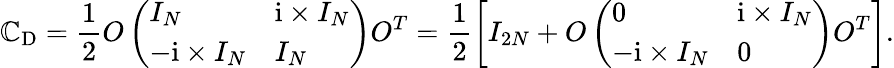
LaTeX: \mathbb{C}_{\mathrm{{D}}}=\frac{{1}}{{2}}O\left(\begin{array}{ll}{I_{N}}&{\mathrm{i}\times I_{N}}\\ {-\mathrm{i}\times I_{N}}&{I_{N}}\end{array}\right)O^{T}=\frac{{1}}{{2}}\left[I_{2N}+O\left(\begin{array}{ll}{0}&{\mathrm{i}\times I_{N}}\\ {-\mathrm{i}\times I_{N}}&{0}\end{array}\right)O^{T}\right].